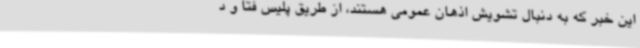
این خبر که به دنبال تشویش اذهان عمومی هستند، از طریق پلیس فتا و د